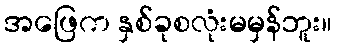
အဖြေက နှစ်ခုစလုံးမမှန်ဘူး။